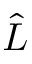
\hat { L }